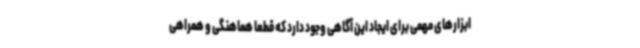
ابزارهای مهمی برای ایجاد این آگاهی وجود دارد که قطعا هماهنگی و همراهی